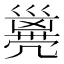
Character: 𠙭